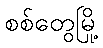
စစ်တွေမြို့